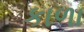
કાળા